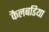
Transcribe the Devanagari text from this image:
कैलबडिया